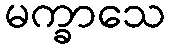
မက္ခာသေ